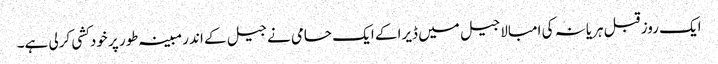
ایک روز قبل ہریانہ کی امبالا جیل میں ڈیرا کے ایک حامی نے جیل کے اندر مبینہ طور پر خودکشی کرلی ہے۔